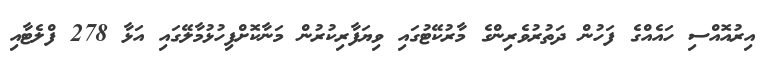
އިރުއޮއްސި ހައެއްގެ ފަހުން ދަތުރުވެރިންގެ މާރުކޭޓުގައި ވިޔަފާރިކުރުން މަނާކޮށްފިހުޅުމާލޭގައި އަޅާ 278 ފްލެޓާއި